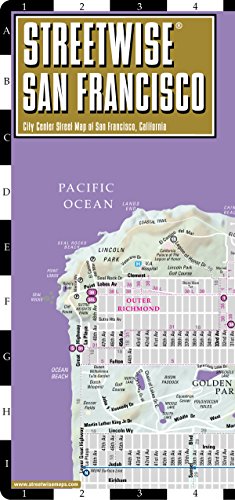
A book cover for Streetwise San Francisco Map - Laminated City Center Street Map of San Francisco, California - Folding pocket size travel map with BART map, MUNI lines, bus routes; Streetwise Maps; Reference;